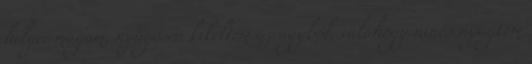
helyre magam, nyűgösen kikeltem az ágyból, valahogy nincs nyugtom